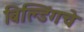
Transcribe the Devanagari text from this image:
बिल्डिंगचे